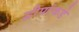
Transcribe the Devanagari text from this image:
द्वीपांकडे